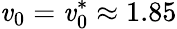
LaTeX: \mathit{v}_{0}=\mathit{v}_{0}^{*}\approx1.85